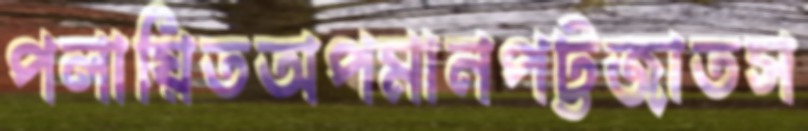
পলায়িতঅপমানপট্টজাতস